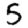
Digit: 5